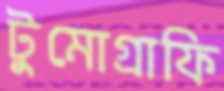
টুমোগ্রাফি